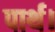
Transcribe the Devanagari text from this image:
पार्थ।